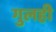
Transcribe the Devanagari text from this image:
गुलही